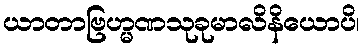
ယာတာဗြဟ္မဏသုခုမာလိနိယောပိ၊